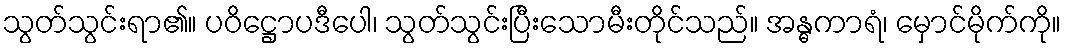
သွတ်သွင်းရာ၏။ ပဝိဋ္ဌောပဒီပေါ၊ သွတ်သွင်းပြီးသောမီးတိုင်သည်။ အန္ဓကာရံ၊ မှောင်မိုက်ကို။